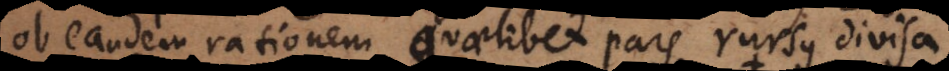
ob eandem rationem quaelibet pars rursus divisa